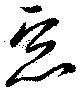
惡